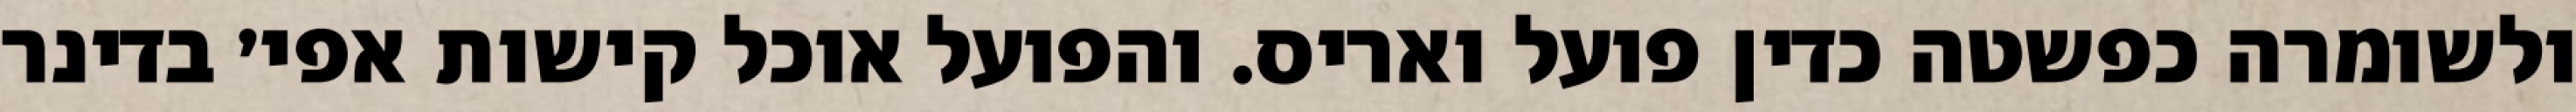
ולשומרה כפשטה כדין פועל ואריס. והפועל אוכל קישות אפי׳ בדינר